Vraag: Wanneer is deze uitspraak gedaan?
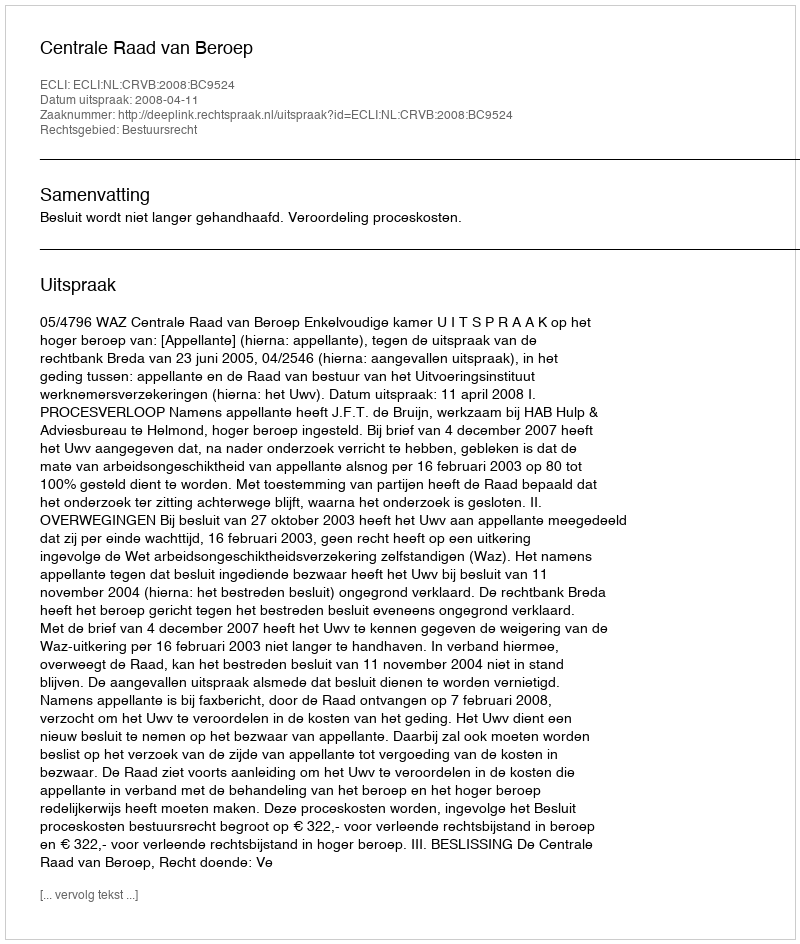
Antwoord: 2008-04-11